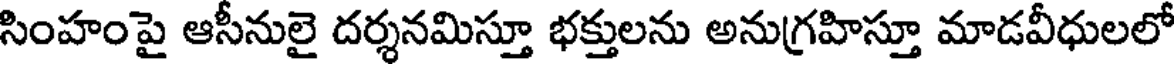
సింహంపై ఆసీనులై దర్శనమిస్తూ భక్తులను అనుగ్రహిస్తూ మాడవీధులలో